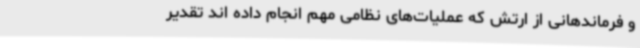
و فرماندهانی از ارتش که عملیات‌های نظامی مهم انجام داده‌ اند تقدیر